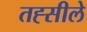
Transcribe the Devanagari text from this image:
तह्सीले